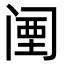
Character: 𬮱